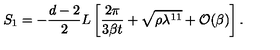
S _ { 1 } = - \frac { d - 2 } { 2 } L \left[ \frac { 2 \pi } { 3 \beta t } + \sqrt { \rho \lambda ^ { 1 1 } } + { \cal O } ( \beta ) \right] .